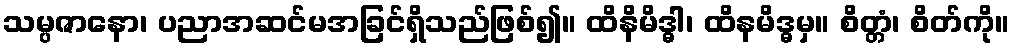
သမ္ပဇာနော၊ ပညာအဆင်မအခြင်ရှိသည်ဖြစ်၍။ ထိနိမိဒ္ဓါ၊ ထိနမိဒ္ဓမှ။ စိတ္တံ၊ စိတ်ကို။